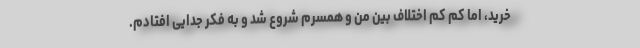
خرید، اما کم کم اختلاف بین من و همسرم شروع شد و به فکر جدایی افتادم.